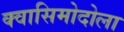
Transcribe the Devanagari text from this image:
क्वासिमोदोला